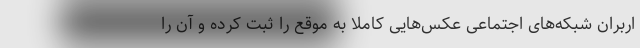
اربران شبکه‌های اجتماعی عکس‌هایی کاملا به موقع را ثبت کرده و آن را